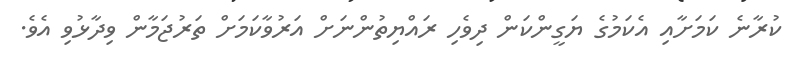
ކުރާނެ ކަމަށާއި އެކަމުގެ ޔަގީންކަން ދިވެހި ރައްޔިތުންނަށް އަރުވާކަމަށް ތަރުޖަމާން ވިދާޅުވި އެވެ.